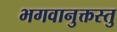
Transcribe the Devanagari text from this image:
भगवानुक्तस्तु